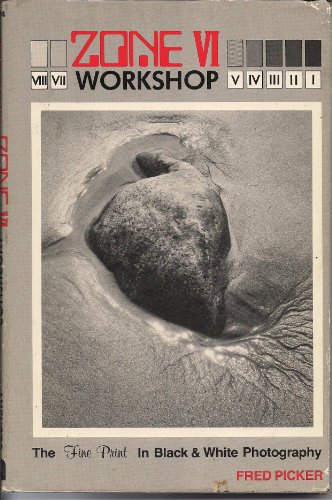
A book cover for Zone VI Workshop: The Fine Print in Black and White Photography; Fred Picker; Arts & Photography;